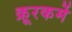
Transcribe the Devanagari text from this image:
क्रूरकर्मे